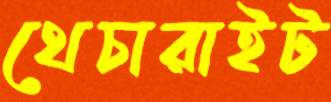
থেচারাইট